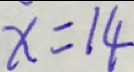
x = 1 4